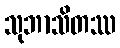
သုဘာသိတဿ